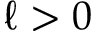
\ell > 0